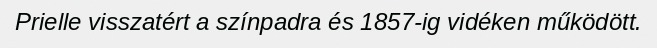
Prielle visszatért a színpadra és 1857-ig vidéken működött.